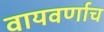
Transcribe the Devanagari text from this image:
वायवर्णाच